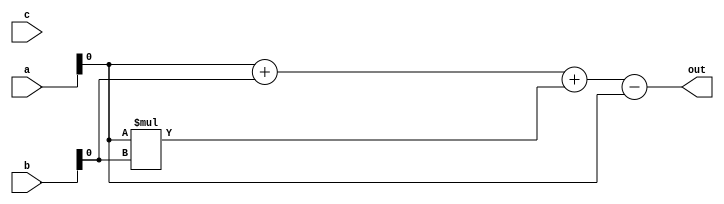
module  satpick(input [2:0] a, input [2:0] b,
  input  [2:0]c,
 
  output  [2:0] out
);

   wire   out_1;
   //wire   out_2;
   //wire   out_3;
   
  assign out_1 = a + b;
  //assign out_2 = a - c;
  //assign out_3 = a + b;
  //assign ei = - a - b;
   wire  as = a;
   wire  bs = b;

 
  assign out = out_1+as * bs - as;
  

endmodule